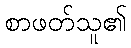
စာဖတ်သူ၏